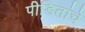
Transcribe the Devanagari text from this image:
पीडितांचे